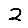
Digit: 2